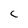
Character: C